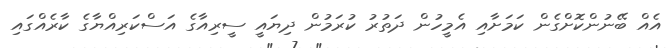
އެއް ބޭނުންކޮށްގެން ކަމަށާއި އެމީހުން ދަތުރު ކުރަމުން ދިޔައީ ސީރިއާގެ އަސްކަރިއްޔާގެ ކާރެއްގައި